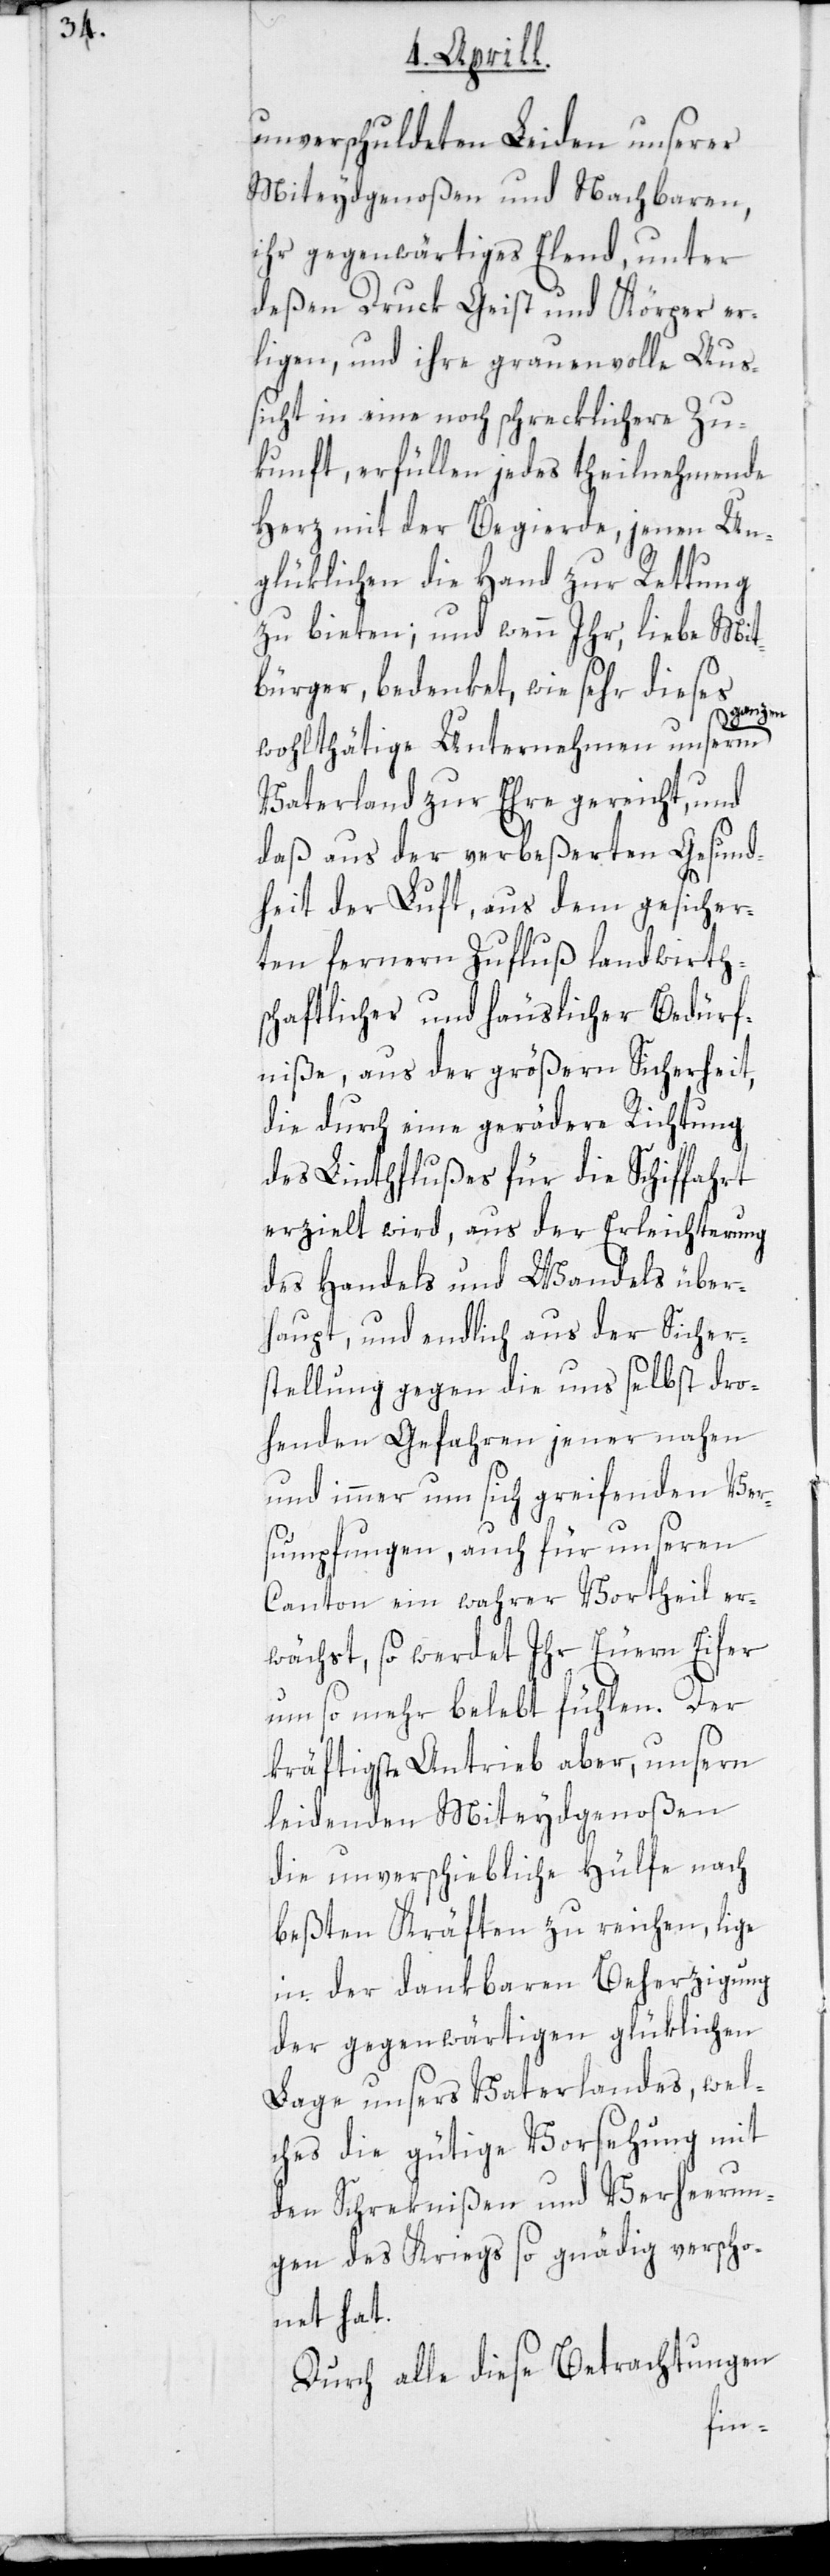
unverschuldeten Leiden unserer
Miteydgenoßen und Nachbaren,
ihr gegenwärtiges Elend, unter
deßen Druck Geist und Körper er¬
ligen, und ihre grauenvolle Aus¬
sicht in eine noch schrecklichere Zu¬
kunft, erfüllen jedes theilnehmende
Herz mit der Begierde, jenen Un¬
glücklichen die Hand zur Rettung
zu bieten; und wenn Ihr, liebe Mit¬
bürger, bedenket, wie sehr dieses
ganzen
wohlthätige Unternehmen unserm
Vaterland zur Ehre gereicht, und
daß aus der verbeßerten Gesund¬
heit der Luft, aus dem gesicher¬
ten fernern Zufluß landwirth¬
schaftlicher und häuslicher Bedürf¬
niße, aus der größern Sicherheit,
die durch eine gerädere Richtung
des Linthflußes für die Schiffahrt
erzielt wird, aus der Erleichterung
des Handels und Wandels über¬
haupt, und endlich aus der Sicher¬
stellung gegen die uns selbst dro¬
henden Gefahren jener nahen
und immer um sich greifenden Ver¬
sumpfungen, auch für unseren
Canton ein wahrer Vortheil er¬
wächst, so werdet Ihr Euern Eifer
um so mehr belebt fühlen. Der
kräftigste Antrieb aber, unsern
leidenden Miteydgenoßen
die unverschiebliche Hülfe nach
beßten Kräften zu reichen, lige
in der dankbaren Beherzigung
der gegenwärtigen glücklichen
Lage unsers Vaterlandes, wel¬
ches die gütige Vorsehung mit
den Schrecknißen und Verheerun¬
gen des Kriegs so gnädig verscho¬
net hat.
Durch alle diese Betrachtungen